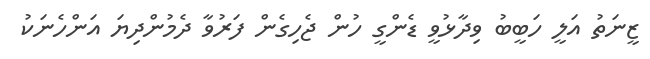
ޒީނަތު އަލީ ހަބީބު ވިދާޅުވީ ޑެންގީ ހުން ޖެހިގެން ފަރުވާ ދެމުންދިޔަ އަންހެނަކު